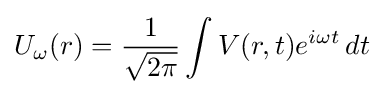
U_{\omega }(r)={\frac {1}{\sqrt {2\pi }}}\int V(r,t)e^{i\omega t}\,dt